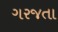
ગરજતા